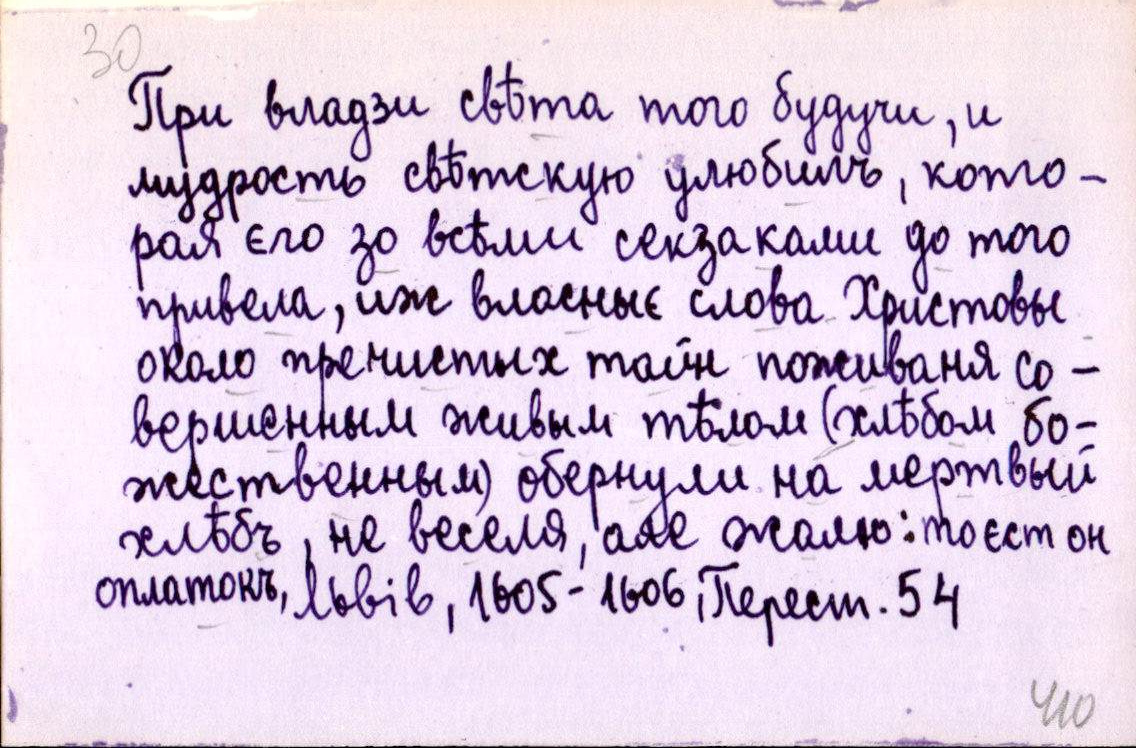
При владзи свѣта того будучи, и
мудрость свѣтскую улюбилъ, кото-
рая єго зо всѣми секзаками до того
привела, иж власныє слова Христовы
около пречистых тайн поживаня со-
вершенным живым тѣлом (хлѣбом бо-
жественным) обернули на мертвый
хлѣбъ, не веселя, але жалю: то єст он
оплатокъ,
Львів, 1605-1606, Перест. 54